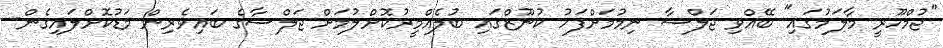
"ޖުމްހޫރީ މާލަމުގައި" ބޭއްވި ޖަލްސާ ނިމުމަށްފަހު ކުނޫޒްގައި ބުލެއްމީރުކޮށްލުމަށް ޖަލްސާގެ ބައިވެރިން މަޑުކޮށްލައިގެން-